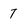
Character: 7